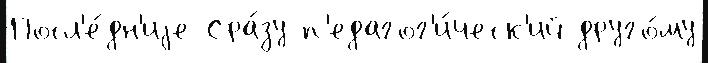
Посл'е́дн'иjе Сра́зу п'едагог'и́ческ'ий друго́му